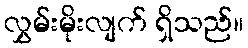
လွှမ်းမိုးလျက် ရှိသည်။